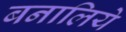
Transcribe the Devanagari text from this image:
बनालिये